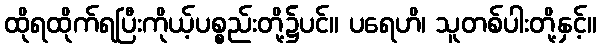
ထိုရထိုက်ရပြီးကိုယ့်ပစ္စည်းတို့၌ပင်။ ပရေဟိ၊ သူတစ်ပါးတို့နှင့်။